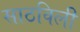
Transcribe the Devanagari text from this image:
साठविली